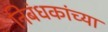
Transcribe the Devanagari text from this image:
निबंधकांच्या